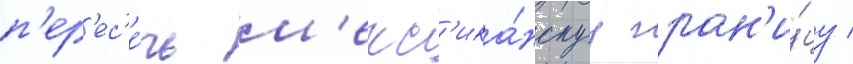
п'ер'ес'е́чь м'екс'ика́нскуу гран'и́цу /